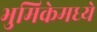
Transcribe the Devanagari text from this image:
भुमिकेमध्ये